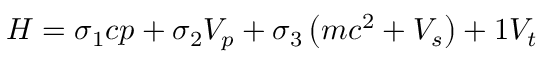
H = \sigma _ { 1 } c p + \sigma _ { 2 } V _ { p } + \sigma _ { 3 } \left( m c ^ { 2 } + V _ { s } \right) + 1 V _ { t }